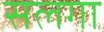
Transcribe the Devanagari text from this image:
सलगा